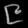
Digit: ၉